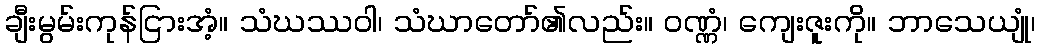
ချီးမွမ်းကုန်ငြားအံ့။ သံဃဿဝါ၊ သံဃာတော်၏လည်း။ ဝဏ္ဏံ၊ ကျေးဇူးကို။ ဘာသေယျုံ၊